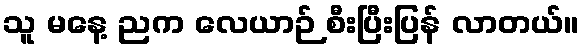
သူ မနေ့ ညက လေယာဉ် စီးပြီးပြန် လာတယ်။